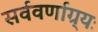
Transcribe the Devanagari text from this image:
सर्ववर्णाग्र्यः